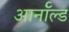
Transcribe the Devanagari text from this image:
आर्नाॅल्ड